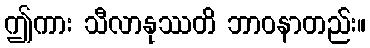
ဤကား သီလာနုဿတိ ဘာဝနာတည်း။